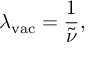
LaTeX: \lambda _ { \mathrm { { v a c } } } = { \frac { 1 } { \tilde { \nu } } } ,